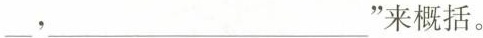
___，___”来概括。